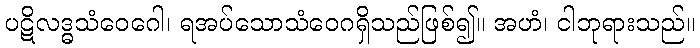
ပဋိလဒ္ဓသံဝေဂေါ၊ ရအပ်သောသံဝေဂရှိသည်ဖြစ်၍။ အဟံ၊ ငါဘုရားသည်။